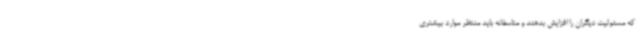
که مسئولیت دیگران را افزایش بدهند و متاسفانه باید منتظر موارد بیشتری